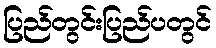
ပြည်တွင်းပြည်ပတွင်